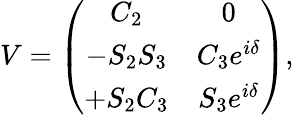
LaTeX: V=\left(\begin{array}{cc}{{C_{2}}}&{{0}}\\ {{-S_{2}S_{3}}}&{{C_{3}e^{i\delta}}}\\ {{+S_{2}C_{3}}}&{{S_{3}e^{i\delta}}}\end{array}\right),